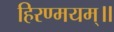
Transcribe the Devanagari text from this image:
हिरण्मयम्॥